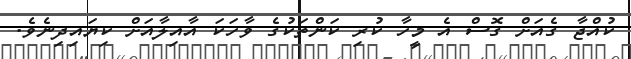
ކުއްޖާ ގެއަށް ގޮސް އެ މީހާ ކުރި ކަންތަކުގެ ވާހަކަ އާއިލާއަށް ކިޔައިދިނެވެ.